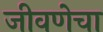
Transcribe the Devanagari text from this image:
जीवणेचा